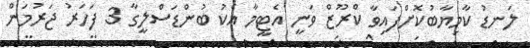
ލަނޑު ކާމިޔާބުކޮށްފައިވާ ކްރޫޒް ވަނީ އެޓީމާ އެކު ބުންޑަސްލީގާ 3 ފަހަރު ޖަރުމަން